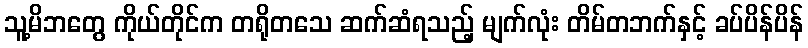
သူ့မိဘတွေ ကိုယ်တိုင်က တရိုတသေ ဆက်ဆံရသည့် မျက်လုံး တိမ်တဘက်နှင့် ခပ်ပိန်ပိန်